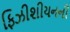
ફિઝીશીયનની